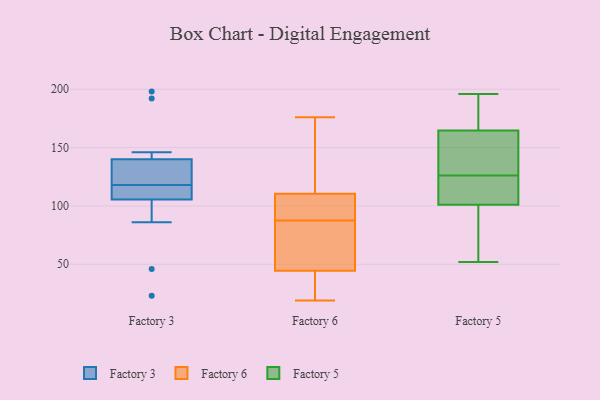
{"axis": {"x": "Revenue (USD Million)", "y": "Value"}, "legend": ["Factory 3", "Factory 5", "Factory 6"], "data": [{"x": "", "y": 131, "type": "Factory 3"}, {"x": "", "y": 146, "type": "Factory 3"}, {"x": "", "y": 122, "type": "Factory 3"}, {"x": "", "y": 113, "type": "Factory 3"}, {"x": "", "y": 46, "type": "Factory 3"}, {"x": "", "y": 118, "type": "Factory 3"}, {"x": "", "y": 138, "type": "Factory 3"}, {"x": "", "y": 112, "type": "Factory 3"}, {"x": "", "y": 86, "type": "Factory 3"}, {"x": "", "y": 192, "type": "Factory 3"}, {"x": "", "y": 116, "type": "Factory 3"}, {"x": "", "y": 198, "type": "Factory 3"}, {"x": "", "y": 23, "type": "Factory 3"}, {"x": "", "y": 111, "type": "Factory 6"}, {"x": "", "y": 87, "type": "Factory 6"}, {"x": "", "y": 110, "type": "Factory 6"}, {"x": "", "y": 72, "type": "Factory 6"}, {"x": "", "y": 83, "type": "Factory 6"}, {"x": "", "y": 51, "type": "Factory 6"}, {"x": "", "y": 21, "type": "Factory 6"}, {"x": "", "y": 88, "type": "Factory 6"}, {"x": "", "y": 19, "type": "Factory 6"}, {"x": "", "y": 141, "type": "Factory 6"}, {"x": "", "y": 38, "type": "Factory 6"}, {"x": "", "y": 148, "type": "Factory 6"}, {"x": "", "y": 97, "type": "Factory 6"}, {"x": "", "y": 38, "type": "Factory 6"}, {"x": "", "y": 108, "type": "Factory 6"}, {"x": "", "y": 176, "type": "Factory 6"}, {"x": "", "y": 140, "type": "Factory 5"}, {"x": "", "y": 188, "type": "Factory 5"}, {"x": "", "y": 196, "type": "Factory 5"}, {"x": "", "y": 52, "type": "Factory 5"}, {"x": "", "y": 104, "type": "Factory 5"}, {"x": "", "y": 105, "type": "Factory 5"}, {"x": "", "y": 61, "type": "Factory 5"}, {"x": "", "y": 183, "type": "Factory 5"}, {"x": "", "y": 65, "type": "Factory 5"}, {"x": "", "y": 195, "type": "Factory 5"}, {"x": "", "y": 126, "type": "Factory 5"}, {"x": "", "y": 134, "type": "Factory 5"}, {"x": "", "y": 155, "type": "Factory 5"}, {"x": "", "y": 125, "type": "Factory 5"}, {"x": "", "y": 100, "type": "Factory 5"}, {"x": "", "y": 168, "type": "Factory 5"}, {"x": "", "y": 121, "type": "Factory 5"}, {"x": "", "y": 133, "type": "Factory 5"}, {"x": "", "y": 100, "type": "Factory 5"}]}